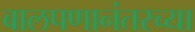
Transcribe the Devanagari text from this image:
बालपणानंतरच्या